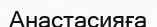
Анастасияға